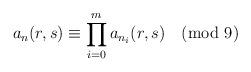
LaTeX: \begin{align*} a_n(r,s)\equiv\prod _{i=0} ^{m}a_{n_i}(r,s)\pmod 9\end{align*}